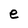
Character: e